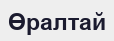
Өралтай